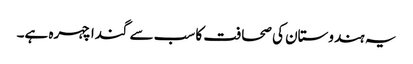
یہ ہندوستان کی صحافت کا سب سے گندا چہرہ ہے۔